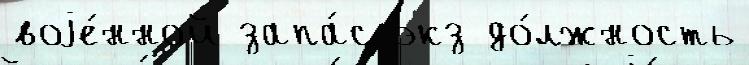
воjе́нной запа́с экз до́лжность